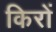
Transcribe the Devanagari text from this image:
किरों